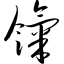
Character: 饩